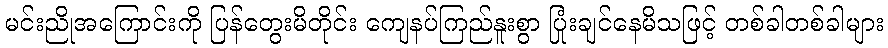
မင်းညိုအကြောင်းကို ပြန်တွေးမိတိုင်း ကျေနပ်ကြည်နူးစွာ ပြုံးချင်နေမိသဖြင့် တစ်ခါတစ်ခါများ